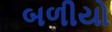
બળીયો